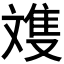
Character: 𪯩